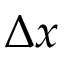
\Delta x